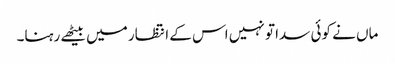
ماں نے کوئی سدا تو نہیں اس کے انتظار میں بیٹھے رہنا۔